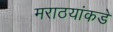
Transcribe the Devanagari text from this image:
मराठयांकडे